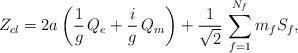
LaTeX: \begin{align*}Z_{cl}=2a\,\biggl({1\over g}\, Q_{e} + {i\over g}\, Q_{m}\biggr) +{1\over\sqrt{2}}\, \sum _{f=1}^{N_{f}}m_{f}S_{f},\end{align*}